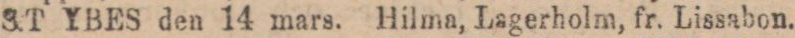
ST YBES den 14 mars. Hilma, Lagerholm, fr. Lissabon.